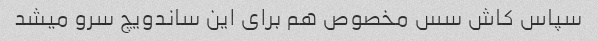
سپاس کاش سس مخصوص هم برای این ساندویچ سرو میشد